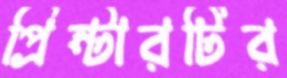
প্রিন্টারটির